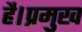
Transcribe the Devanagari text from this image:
है।प्रमुख